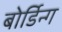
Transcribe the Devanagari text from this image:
बोर्डिन्ग